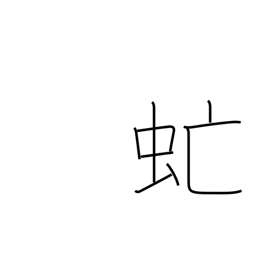
Meaning: gadfly